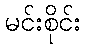
မင်းစိုင်း